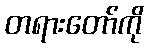
တရားတော်ကို